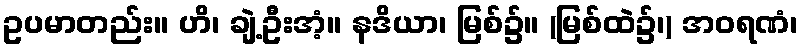
ဥပမာတည်း။ ဟိ၊ ချဲ့ဦးအံ့။ နဒိယာ၊ မြစ်၌။ (မြစ်ထဲ၌၊) အဝရဏံ၊